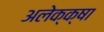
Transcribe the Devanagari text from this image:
अलेक्क्षा